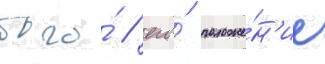
того́ / его́ положе́н'ие